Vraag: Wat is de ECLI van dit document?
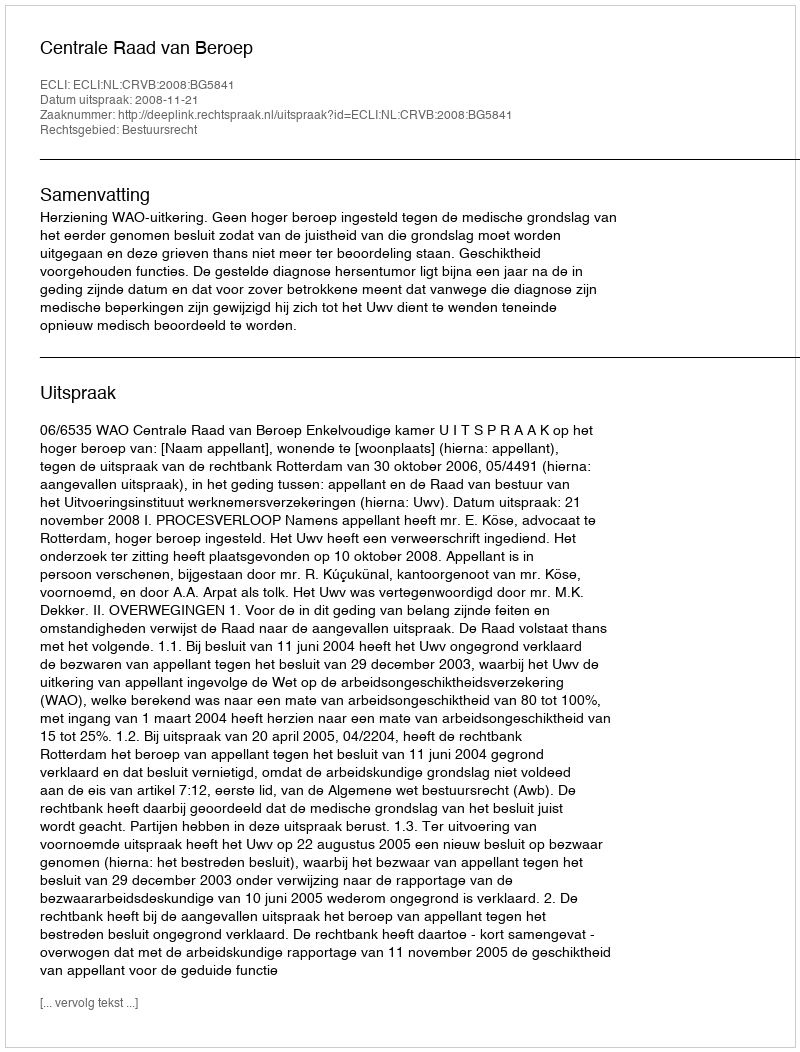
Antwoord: ECLI:NL:CRVB:2008:BG5841